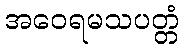
အဝေရမသပတ္တံ